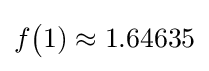
f{\bigl (}1)\approx 1.64635